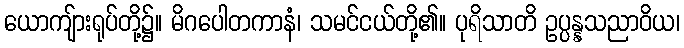
ယောကျ်ားရုပ်တို့၌။ မိဂပေါတကာနံ၊ သမင်ငယ်တို့၏။ ပုရိသာတိ ဥပ္ပန္နသညာဝိယ၊